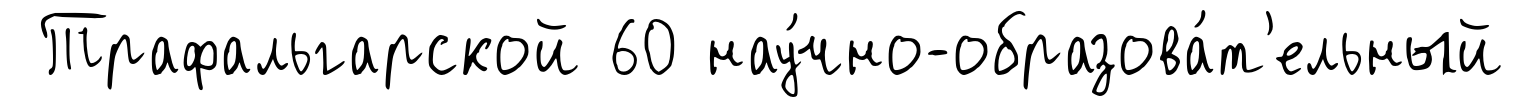
Трафальгарской 60 нау́чно-образова́т'ельный